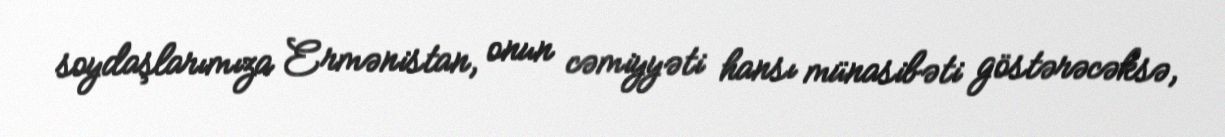
soydaşlarımıza Ermənistan, onun cəmiyyəti hansı münasibəti göstərəcəksə,